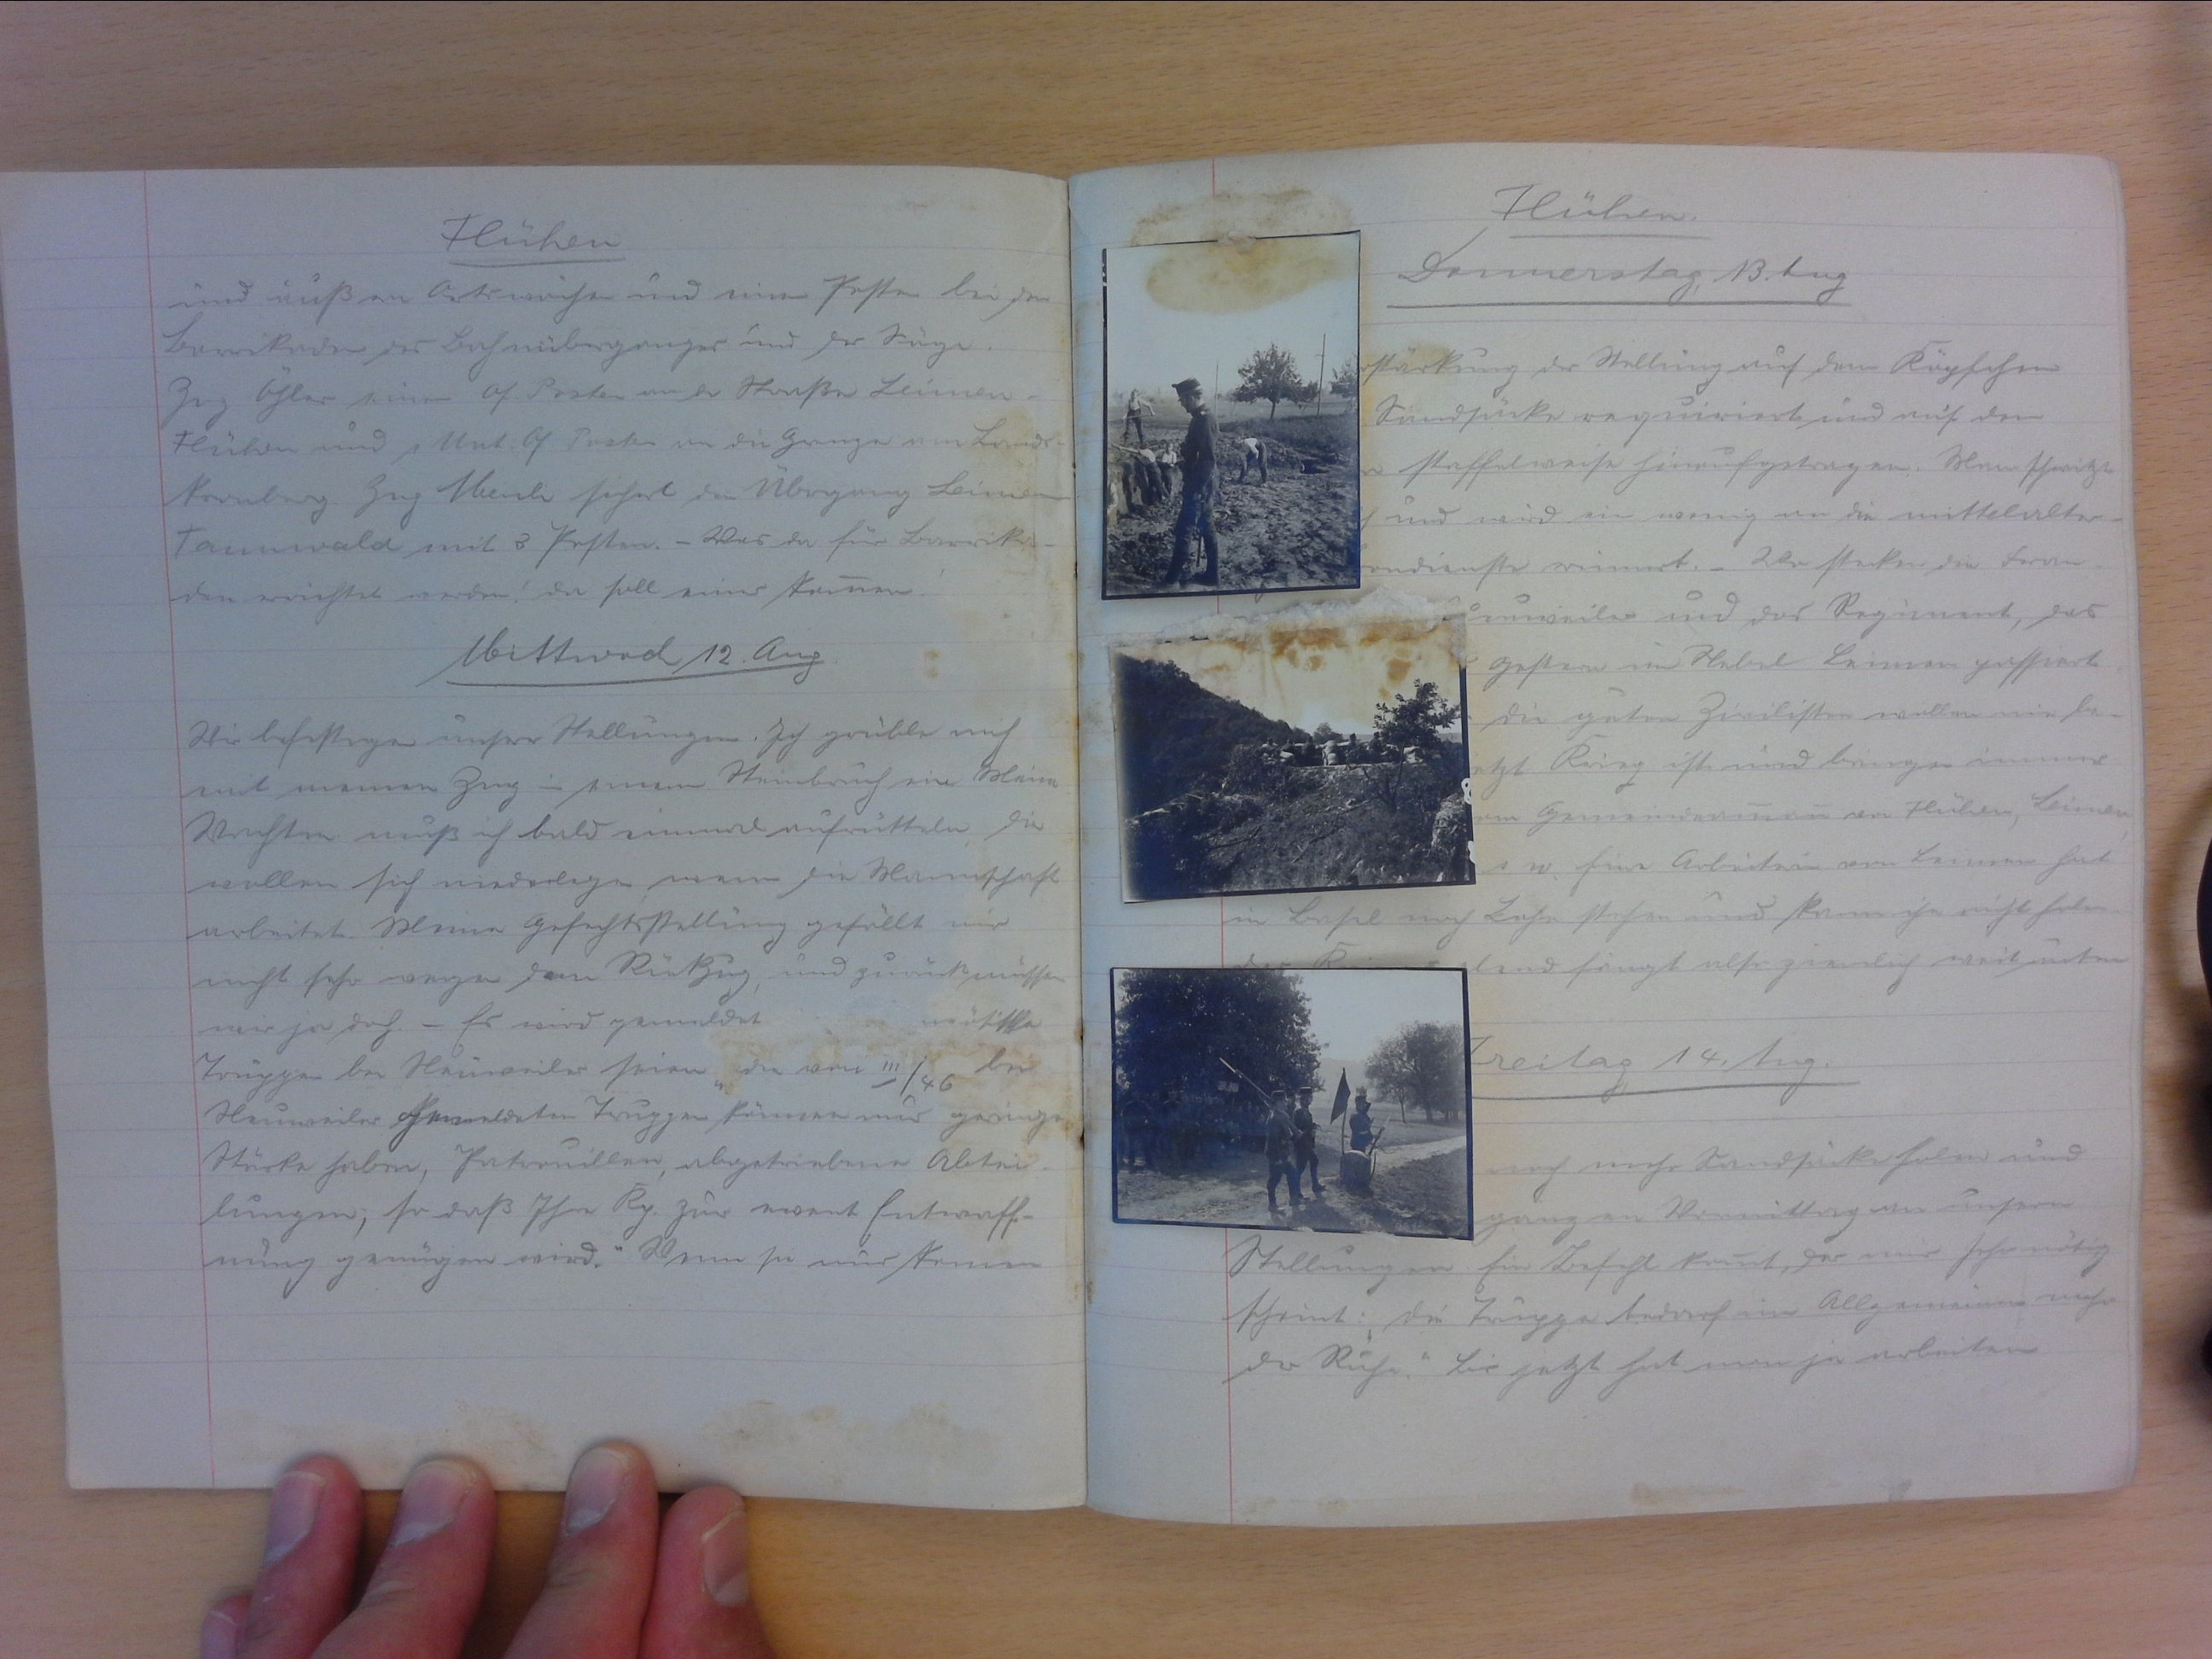
Flühen
und müssen Ortsache und einen Posten bei der
Barrikade, des Bahnüberganges und der Säge.
Zug Öhler einen Of. Posten an der Strasse Leimen-
Flühen und 1 Unt. Of. Posten an die Grenze um Lands-
kronberg. Zug Meili sichert den Übergang Leimen-
Tannwald mit 3 Posten. - Was da für Barrika-
den errichtet werden! da soll einer kommen!
Mittwoch, 12. Aug.
Wir befestigen unsere Stellungen. Ich grüble noch
mit meinem Zug in einem Steinbruch. eine Meiner
Wachtm. muss ich bald immer aufrütteln, die
wollen sich niederlegen wenn die Mannschaft
arbeitet. Meine Gefechtsstellung gefällt mir
nicht sehr wegen dem Rückzug, und zurück müssen
wir ja doch. - Es wird gemeldet
Truppen bei Neuenwiler seien. "die von III/46 bei
Neuenwiler gemeldeten Truppen können nur geringe
Stärke haben, Patrouillen, abgetriebene Abtei-
lungen, so dass Ihre Kp. zur event. Entwaff-
nung zwingen wird." Wenn sie nur kommen